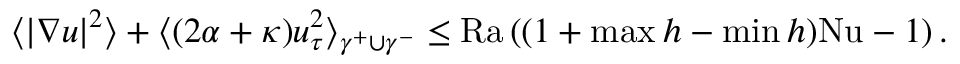
\begin{array} { r } { \langle | \nabla u | ^ { 2 } \rangle + \langle ( 2 \alpha + \kappa ) u _ { \tau } ^ { 2 } \rangle _ { \gamma ^ { + } \cup \gamma ^ { - } } \leq \mathrm { { R a } } \left( ( 1 + \operatorname* { m a x } h - \operatorname* { m i n } h ) \mathrm { { N u } } - 1 \right) . } \end{array}